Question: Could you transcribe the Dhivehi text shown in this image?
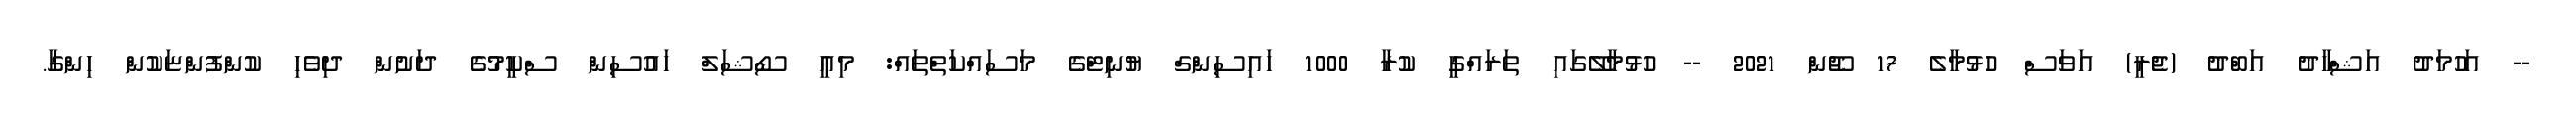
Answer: -- އަހުމަދު އަޝްހާދު އަބްދު (ޖެރީ) އަވަސް ހުޅުމާލެ 17 ޖޫން 2021 -- ހުޅުމާލޭގައި ތަރައްގީ ކުރާ 1000 ހައިސިންގް ޔުނިޓްގެ މަސައްކަތްތައް: މިއީ ސޯޝަލް ހައުސިން ސްކީމުގެ ދަށުން ދިވެހި ކުންފުންޏަކުން ހިންގާ.